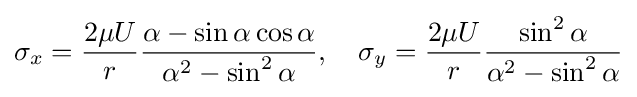
\sigma _{x}={\frac {2\mu U}{r}}{\frac {\alpha -\sin \alpha \cos \alpha }{\alpha ^{2}-\sin ^{2}\alpha }},\quad \sigma _{y}={\frac {2\mu U}{r}}{\frac {\sin ^{2}\alpha }{\alpha ^{2}-\sin ^{2}\alpha }}